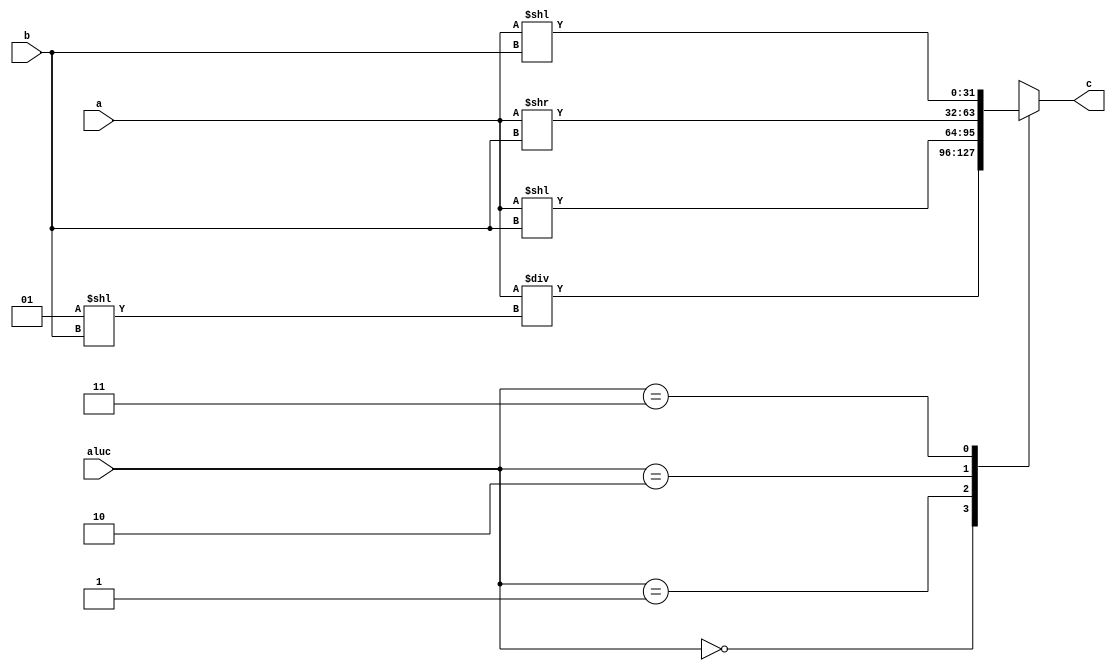
`timescale 1ns / 1ps
//////////////////////////////////////////////////////////////////////////////////
// Company: 
// Engineer: 
// 
// Design Name: 
// Module Name: barrelshifter32
// Project Name: 
// Target Devices: 
// Tool Versions: 
// Description: 
// 
// Dependencies: 
// 
// Revision:
// Revision 0.01 - File Created
// Additional Comments:
// 
//////////////////////////////////////////////////////////////////////////////////


module barrelshifter32(
    input [31:0] a,
    input [4:0] b,
    input [1:0] aluc,
    output reg [31:0] c
    );
    integer temp;
    always @ (*)
    begin
     temp = a;
        case(aluc)
        2'b00:c=temp/(2**b);
        2'b01:c=temp<<b;
        2'b10:c=a>>b;
        2'b11:c=a<<b;
        endcase
    end
endmodule